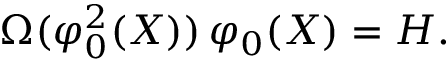
\Omega ( \varphi _ { 0 } ^ { 2 } ( X ) ) \, \varphi _ { 0 } ( X ) = H .